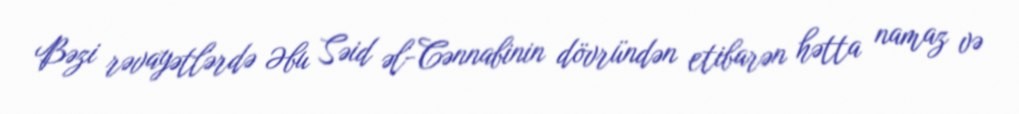
Bəzi rəvayətlərdə Əbu Səid əl-Cənnabinin dövründən etibarən hətta namaz və